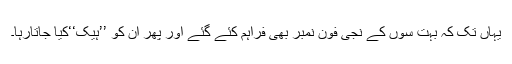
یہاں تک کہ بہت سوں کے نجی فون نمبر بھی فراہم کئے گئے اور پھر ان کو ’’ہیک‘‘کیا جاتارہا۔